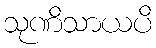
သုဏိသာယပိ